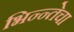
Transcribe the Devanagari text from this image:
भिन्न्तेचा